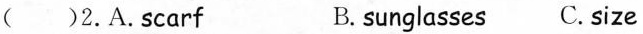
( )2. A. scarf B. sunglasses C. size